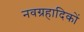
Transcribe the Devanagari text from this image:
नवग्रहादिकों